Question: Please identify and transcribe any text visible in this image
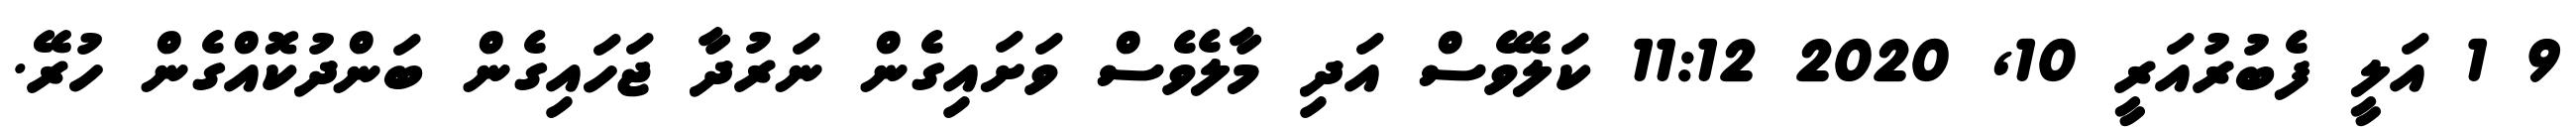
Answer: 9 1 އަލީ ފެބުރުއަރީ 10, 2020 11:12 ކަލޭވެސް އަދި މާލެވެސް ވަށައިގެން ނަރުދާ ޖަހައިގެން ބަންދުކޮއްގެން ހުރޭ.